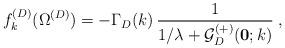
LaTeX: \begin{align*}f^{(D)}_{k}(\Omega^{({D})}) = - \Gamma_{{D}} (k)\,\frac{1}{1/\lambda +{\mathcal G}^{(+)}_{{D}} ({\bf 0}; k)}\; ,\end{align*}